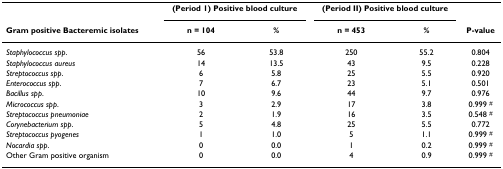
<table><thead><tr><td></td><td colspan="2"><b>(Period 1) Positive blood culture</b></td><td colspan="2"><b>(Period II) Positive blood culture</b></td><td></td></tr><tr><td><b>Gram positive Bacteremic isolates</b></td><td><b>n = 104</b></td><td><b>%</b></td><td><b>n = 453</b></td><td><b>%</b></td><td><b>P-value</b></td></tr></thead><tbody><tr><td><i>Staphylococcus spp</i>.</td><td>56</td><td>53.8</td><td>250</td><td>55.2</td><td>0.804</td></tr><tr><td><i>Staphylococcus aureus</i></td><td>14</td><td>13.5</td><td>43</td><td>9.5</td><td>0.228</td></tr><tr><td><i>Streptococcus spp</i>.</td><td>6</td><td>5.8</td><td>25</td><td>5.5</td><td>0.920</td></tr><tr><td><i>Enterococcus spp</i>.</td><td>7</td><td>6.7</td><td>23</td><td>5.1</td><td>0.501</td></tr><tr><td><i>Bacillus spp</i>.</td><td>10</td><td>9.6</td><td>44</td><td>9.7</td><td>0.976</td></tr><tr><td><i>Micrococcus spp</i>.</td><td>3</td><td>2.9</td><td>17</td><td>3.8</td><td>0.999 <sup>#</sup></td></tr><tr><td><i>Streptococcus pneumoniae</i></td><td>2</td><td>1.9</td><td>16</td><td>3.5</td><td>0.548 <sup>#</sup></td></tr><tr><td><i>Corynebacterium spp</i>.</td><td>5</td><td>4.8</td><td>25</td><td>5.5</td><td>0.772</td></tr><tr><td><i>Streptococcus pyogenes</i></td><td>1</td><td>1.0</td><td>5</td><td>1.1</td><td>0.999 <sup>#</sup></td></tr><tr><td><i>Nocardia spp</i>.</td><td>0</td><td>0.0</td><td>1</td><td>0.2</td><td>0.999 <sup>#</sup></td></tr><tr><td>Other Gram positive organism</td><td>0</td><td>0.0</td><td>4</td><td>0.9</td><td>0.999 <sup>#</sup></td></tr></tbody></table>